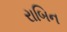
રાબિન